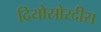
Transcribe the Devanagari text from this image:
दियोस्रोरदीस